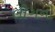
લીગનો